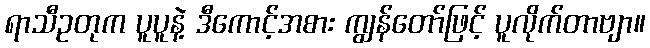
ရာသီဥတုက ပူပူနဲ့ ဒီကောင့်အစား ကျွန်တော်ဖြင့် ပူလိုက်တာဗျာ။